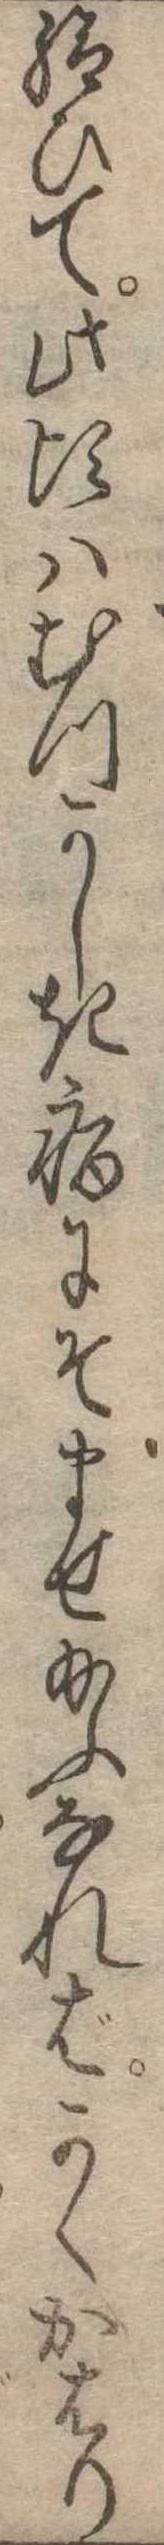
給ひて此頃はむつかしき病にそませ給ふなればかくかはり